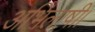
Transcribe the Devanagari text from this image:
अभिलाषी।